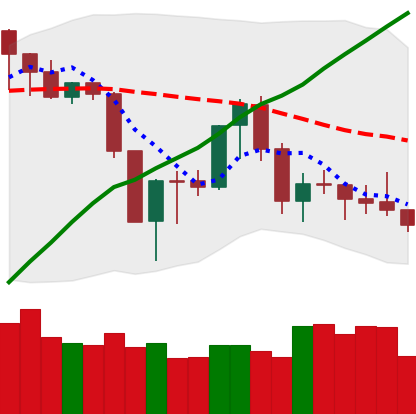
Ticker: XMR-USD
Chart end date: 2019-08-27
Forward return: -8.224%
Label: down_7plus